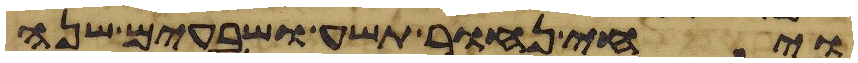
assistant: ויחי נחור תשע ושבעים שנה